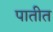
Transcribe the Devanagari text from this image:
पातीत